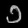
Digit: ၁